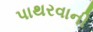
પાથરવાની